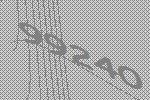
99240